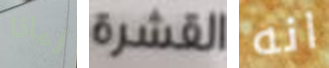
لماذا القشرة انه